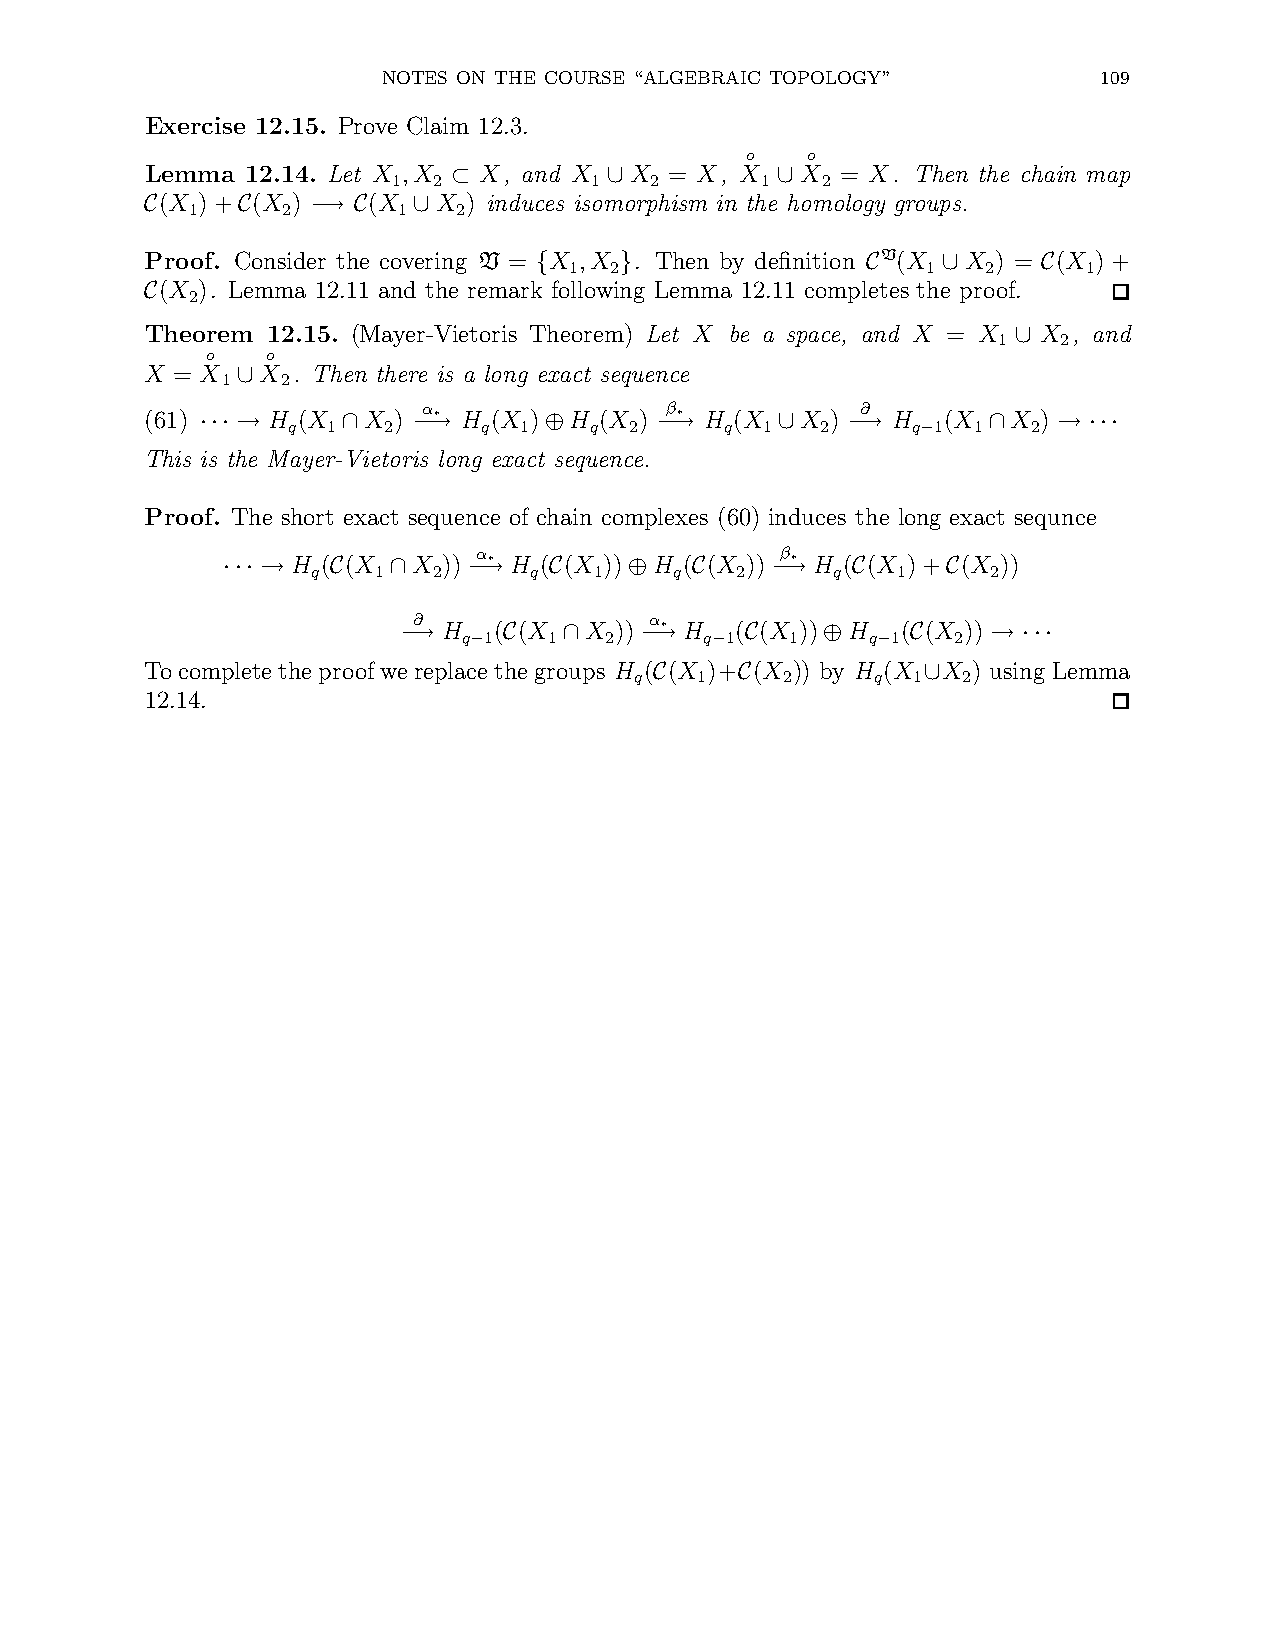
NOTES ON THE COURSE “ALGEBRAIC TOPOLOGY”        109
 Exercise 12.15. Prove Claim 12.3.
 o   o
 Lemma 12.14. Let X ,X X, and X  X = X, X   X  = X. Then the chain map
 1  2         1   2      1   2
 ⊂         ∪          ∪
 (X )+ (X )   (X   X ) induces isomorphism in the homology groups.
 1      2      1   2
 C     C    −→ C  ∪
 Proof. Consider the covering V = X ,X . Then by definition V (X X ) = (X ) +
 1 2                    1   2      1
 {    }               C    ∪      C
 (X ). Lemma 12.11 and the remark following Lemma 12.11 completes the proof.
 2
 C
 Theorem 12.15. (Mayer-Vietoris Theorem) Let X be a space, and X = X X , and
 1   2
 ∪
 o   o
 X = X  X . Then there is a long exact sequence
 1   2
 ∪
 (61)    H (X  X )
 α∗
 H (X ) H (X )
 β∗
 H (X  X )
 ∂
 H  (X   X )
 q  1  2      q 1    q  2     q  1  2     q 1 1   2
 ··· →     ∩   −→       ⊕       −→      ∪   −→   −   ∩    → ···
 This is the Mayer-Vietoris long exact sequence.
 Proof. The short exact sequence of chain complexes (60) induces the long exact sequnce
 H ( (X  X ))
 α∗
 H ( (X )) H ( (X ))
 β∗
 H ( (X )+ (X ))
 q   1   2     q   1     q   2     q   1      2
 ··· →  C   ∩    −→   C     ⊕   C    −→   C      C
 ∂
 H   ( (X  X ))
 α∗
 H   ( (X )) H  ( (X ))
 q 1  1   2      q 1  1     q 1  2
 −→  − C   ∩    −→   − C     ⊕  − C     → ···
 Tocomplete theproofwereplace thegroups H ( (X )+ (X )) by H (X X ) using Lemma
 q   1     2     q 1   2
 C     C           ∪
 12.14.